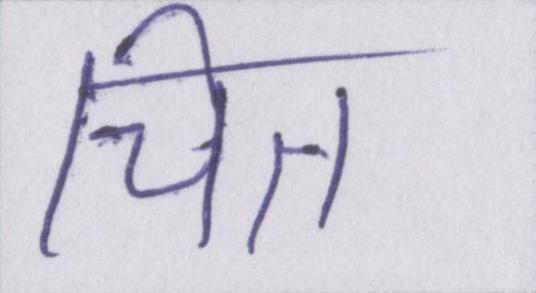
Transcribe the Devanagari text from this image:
चित